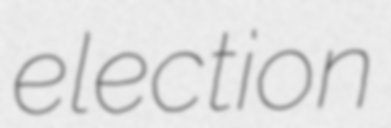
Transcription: election